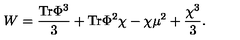
W = { \frac { \mathrm { T r } \Phi ^ { 3 } } { 3 } } + \mathrm { T r } \Phi ^ { 2 } \chi - \chi \mu ^ { 2 } + { \frac { \chi ^ { 3 } } { 3 } } .